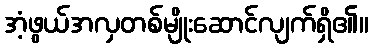
အံ့ဖွယ်အလှတစ်မျိုးဆောင်လျက်ရှိ၏။